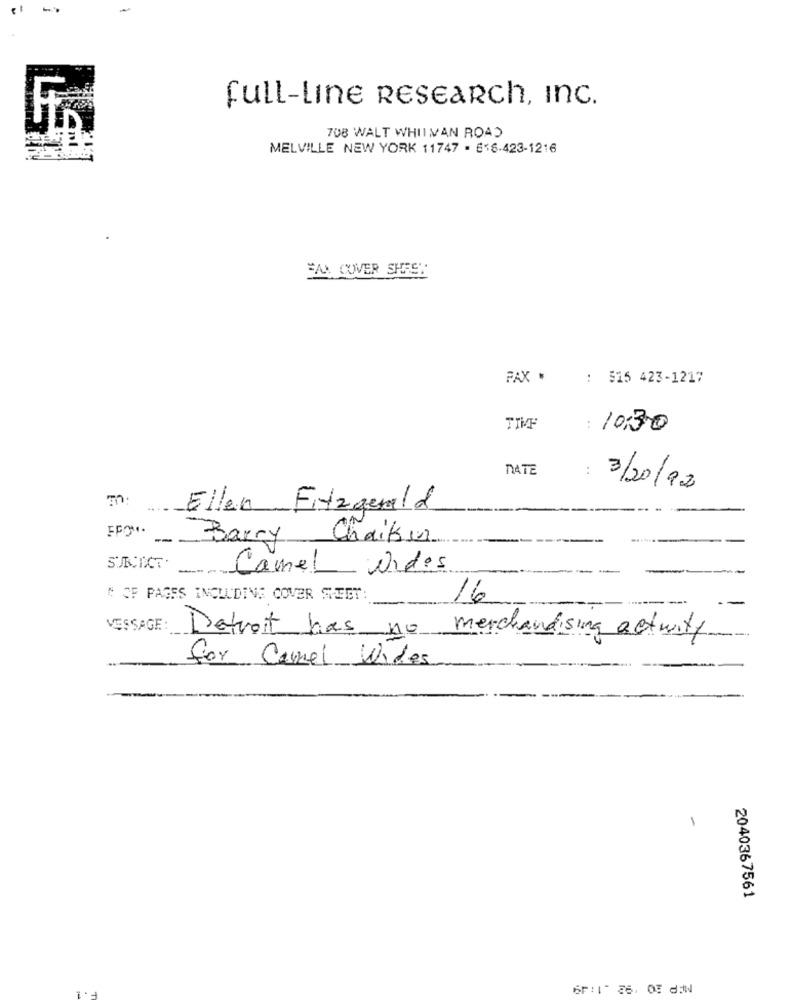
full-Line RESEARch, Inc.
708 WALT WHITMAN ROAD
MELVILLE NEW YORK 11747 - 616-423-1216
FAX COVER SHEET
FAX .
: 515 423-1217
TIME
: 10:30
DATE
:
3/20/92
TO: ...
Ellen Fitzgerald
FF **
Barry
Chaikur
Camel Oides
N OF PAGES INCLUDING COVER SHEET:
16
---
VESSAGE:
Detroit has no
merchandising activity
for Camel Wides
1
2040367561